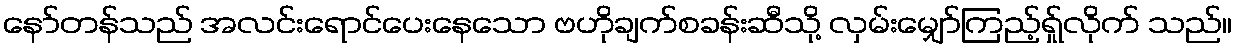
နော်တန်သည် အလင်းရောင်ပေးနေသော ဗဟိုချက်စခန်းဆီသို့ လှမ်းမျှော်ကြည့်ရ်ှုလိုက် သည်။